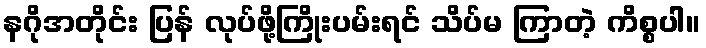
နဂိုအတိုင်း ပြန် လုပ်ဖို့ကြိုးပမ်းရင် သိပ်မ ကြာတဲ့ ကိစ္စပါ။